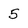
Character: 5